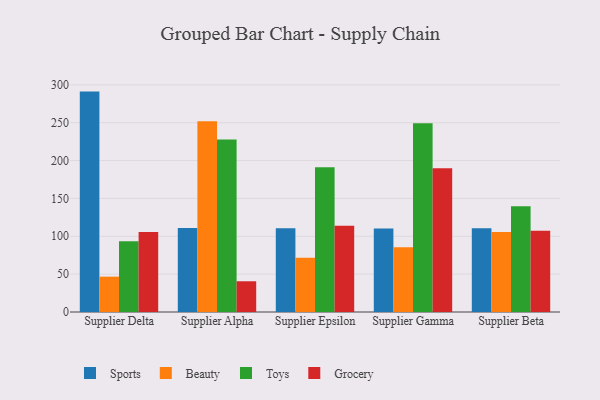
{"axis": {"x": "Supplier", "y": "Gross Profit (USD K)"}, "legend": ["Beauty", "Grocery", "Sports", "Toys"], "data": [{"x": "Supplier Delta", "y": 291.1, "type": "Sports"}, {"x": "Supplier Delta", "y": 46.7, "type": "Beauty"}, {"x": "Supplier Delta", "y": 93.5, "type": "Toys"}, {"x": "Supplier Delta", "y": 105.7, "type": "Grocery"}, {"x": "Supplier Alpha", "y": 111.1, "type": "Sports"}, {"x": "Supplier Alpha", "y": 251.8, "type": "Beauty"}, {"x": "Supplier Alpha", "y": 227.7, "type": "Toys"}, {"x": "Supplier Alpha", "y": 40.6, "type": "Grocery"}, {"x": "Supplier Epsilon", "y": 110.7, "type": "Sports"}, {"x": "Supplier Epsilon", "y": 71.7, "type": "Beauty"}, {"x": "Supplier Epsilon", "y": 191.2, "type": "Toys"}, {"x": "Supplier Epsilon", "y": 113.9, "type": "Grocery"}, {"x": "Supplier Gamma", "y": 110.2, "type": "Sports"}, {"x": "Supplier Gamma", "y": 85.4, "type": "Beauty"}, {"x": "Supplier Gamma", "y": 249.4, "type": "Toys"}, {"x": "Supplier Gamma", "y": 189.8, "type": "Grocery"}, {"x": "Supplier Beta", "y": 110.5, "type": "Sports"}, {"x": "Supplier Beta", "y": 105.7, "type": "Beauty"}, {"x": "Supplier Beta", "y": 139.8, "type": "Toys"}, {"x": "Supplier Beta", "y": 107.3, "type": "Grocery"}]}